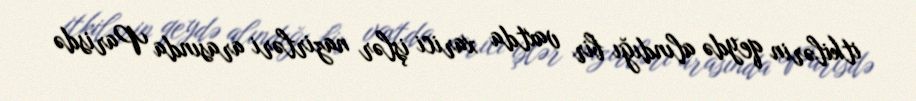
itkilərin qeydə alındığı bir vaxtda xarici işlər nazirləri arasında Parisdə